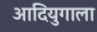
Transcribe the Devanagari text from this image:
आदियुगाला